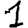
Digit: 1